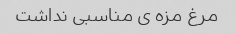
مرغ مزه ى مناسبى نداشت